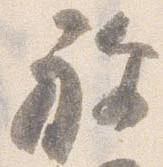
祢